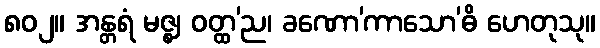
၈၀၂။ အန္တရံ မဇ္ဈ ဝတ္ထ’ည၊ ခဏော’ကာသော’ဓိ ဟေတုသု။